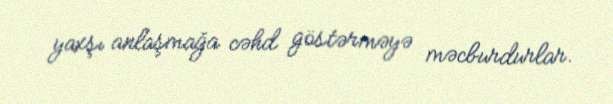
yaxşı anlaşmağa cəhd göstərməyə məcburdurlar.